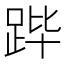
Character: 跸